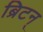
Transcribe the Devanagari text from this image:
ब्रिटन्